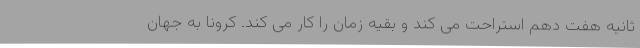
ثانیه هفت دهم استراحت می کند و بقیه زمان را کار می کند. کرونا به جهان